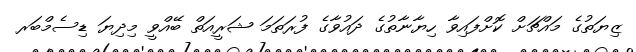
ޒިޔަތުގެ މައްޗަށް ކޮށްފައިވާ ހިޔާނާތުގެ ދައުވާގެ ފުރަތަމަ ޝަރީއަތް ބޭއްވީ މިދިޔަ ޑިސެމްބަރ